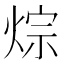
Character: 𤉳